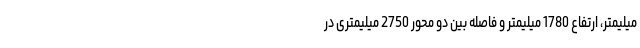
میلیمتر، ارتفاع 1780 میلیمتر و فاصله بین دو محور 2750 میلیمتری در